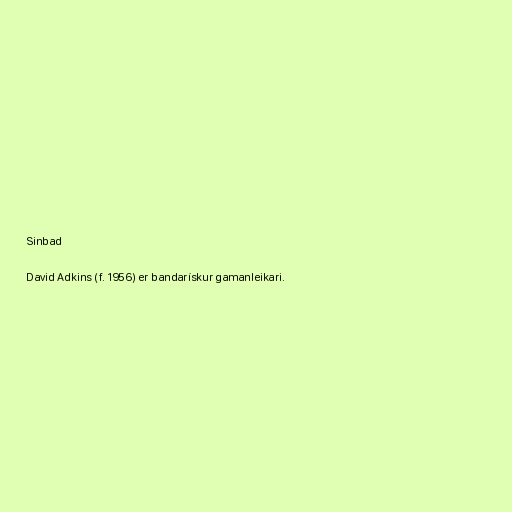
Sinbad

David Adkins (f. 1956) er bandarískur gamanleikari.